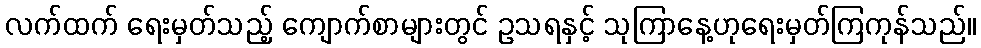
လက်ထက် ရေးမှတ်သည့် ကျောက်စာများတွင် ဥသရနှင့် သုကြာနေ့ဟုရေးမှတ်ကြကုန်သည်။